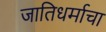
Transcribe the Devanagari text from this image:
जातिधर्माचा